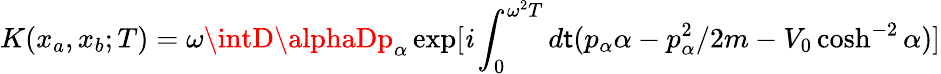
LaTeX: K(x_{a},x_{b};T)=\omega\intD\alphaDp_{\alpha}\exp[\mathit{i}\int_{0}^{\omega^{2}T}d\mathsf{t}(p_{\alpha}\alpha-p_{\alpha}^{2}/2m-V_{0}\cosh^{-2}\alpha)]